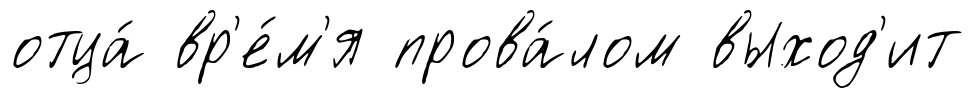
отца́ вр'е́м'я прова́лом выход'ит